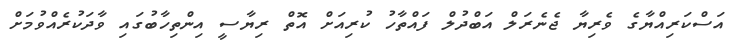
އަސްކަރިއްޔާގެ ވެރިޔާ ޖެނެރަލް އަބްދުލް ފައްތާހު ކުރިއަށް އޮތް ރިޔާސީ އިންތިހާބުގައި ވާދަކުރެއްވުމަށް